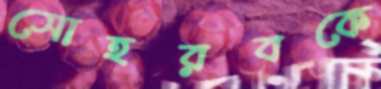
সোহরবকে